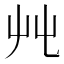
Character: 𡴂